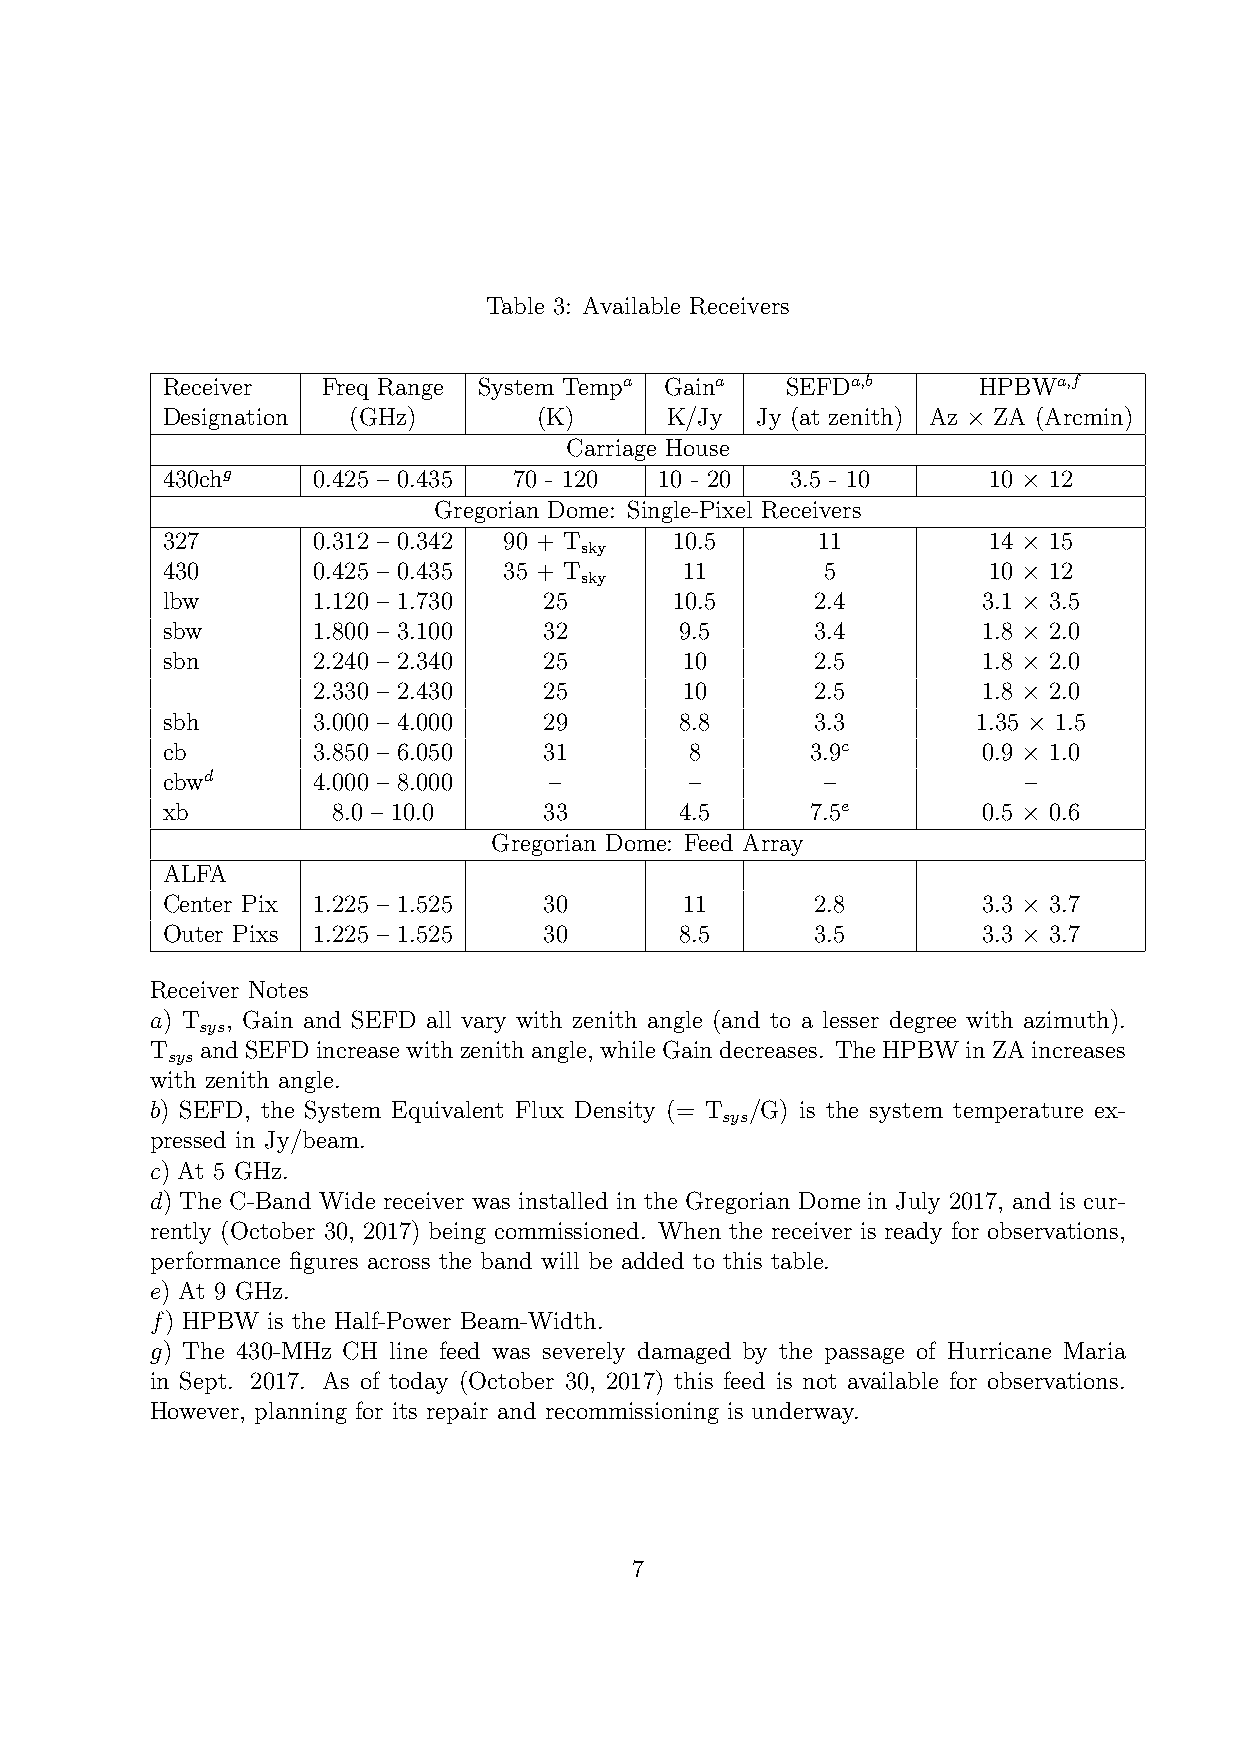
Table 3: Available Receivers
 Receiver  Freq Range System Tempa Gaina  SEFDa,b      HPBWa,f
 Designation (GHz)        (K)     K/Jy  Jy (at zenith) Az ZA (Arcmin)
 ×
 Carriage House
 430chg    0.425 – 0.435 70 - 120 10 - 20 3.5 - 10     10  12
 ×
 Gregorian Dome: Single-Pixel Receivers
 327       0.312 – 0.342 90 + T    10.5     11         14  15
 sky
 ×
 430       0.425 – 0.435 35 + T    11        5         10  12
 sky
 ×
 lbw       1.120 – 1.730  25       10.5     2.4        3.1 3.5
 ×
 sbw       1.800 – 3.100  32       9.5      3.4        1.8 2.0
 ×
 sbn       2.240 – 2.340  25       10       2.5        1.8 2.0
 ×
 2.330 – 2.430  25       10       2.5        1.8 2.0
 ×
 sbh       3.000 – 4.000  29       8.8      3.3        1.35 1.5
 ×
 cb        3.850 – 6.050  31        8       3.9c       0.9 1.0
 ×
 cbwd      4.000 – 8.000  –         –        –            –
 xb         8.0 – 10.0    33       4.5      7.5e       0.5 0.6
 ×
 Gregorian Dome: Feed Array
 ALFA
 Center Pix 1.225 – 1.525 30       11       2.8        3.3 3.7
 ×
 Outer Pixs 1.225 – 1.525 30       8.5      3.5        3.3 3.7
 ×
 Receiver Notes
 a) T , Gain and SEFD all vary with zenith angle (and to a lesser degree with azimuth).
 sys
 T  andSEFDincreasewithzenithangle, whileGaindecreases. TheHPBWinZAincreases
 sys
 with zenith angle.
 b) SEFD, the System Equivalent Flux Density (= T /G) is the system temperature ex-
 sys
 pressed in Jy/beam.
 c) At 5 GHz.
 d) The C-Band Wide receiver was installed in the Gregorian Dome in July 2017, and is cur-
 rently (October 30, 2017) being commissioned. When the receiver is ready for observations,
 performance figures across the band will be added to this table.
 e) At 9 GHz.
 f) HPBW is the Half-Power Beam-Width.
 g) The 430-MHz CH line feed was severely damaged by the passage of Hurricane Maria
 in Sept. 2017. As of today (October 30, 2017) this feed is not available for observations.
 However, planning for its repair and recommissioning is underway.
 7